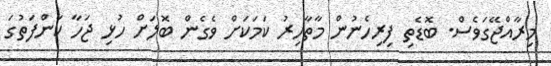
މިރާއްޖޭގަވެސް. ބޮޑެތި ފިރިހެނުން މާތާހިރު ކަމަކަށް ވެގެން ބޮލަށް ހުޅި ޖަހާ ކަންފަތުގަ